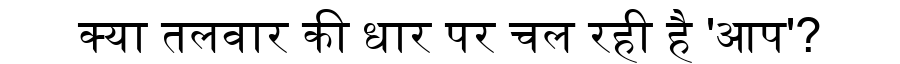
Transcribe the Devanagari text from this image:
क्या तलवार की धार पर चल रही है 'आप'?